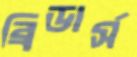
ব্রিডার্স